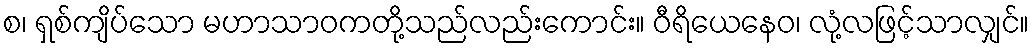
စ၊ ရှစ်ကျိပ်သော မဟာသာဝကတို့သည်လည်းကောင်း။ ဝီရိယေနေဝ၊ လုံ့လဖြင့်သာလျှင်။